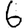
Digit: 6